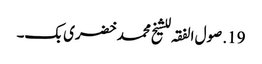
19. صول الفقہ للشیخ محمد خضری بک۔